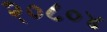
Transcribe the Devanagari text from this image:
२०८०४